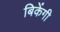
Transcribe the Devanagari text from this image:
बिकेंगी